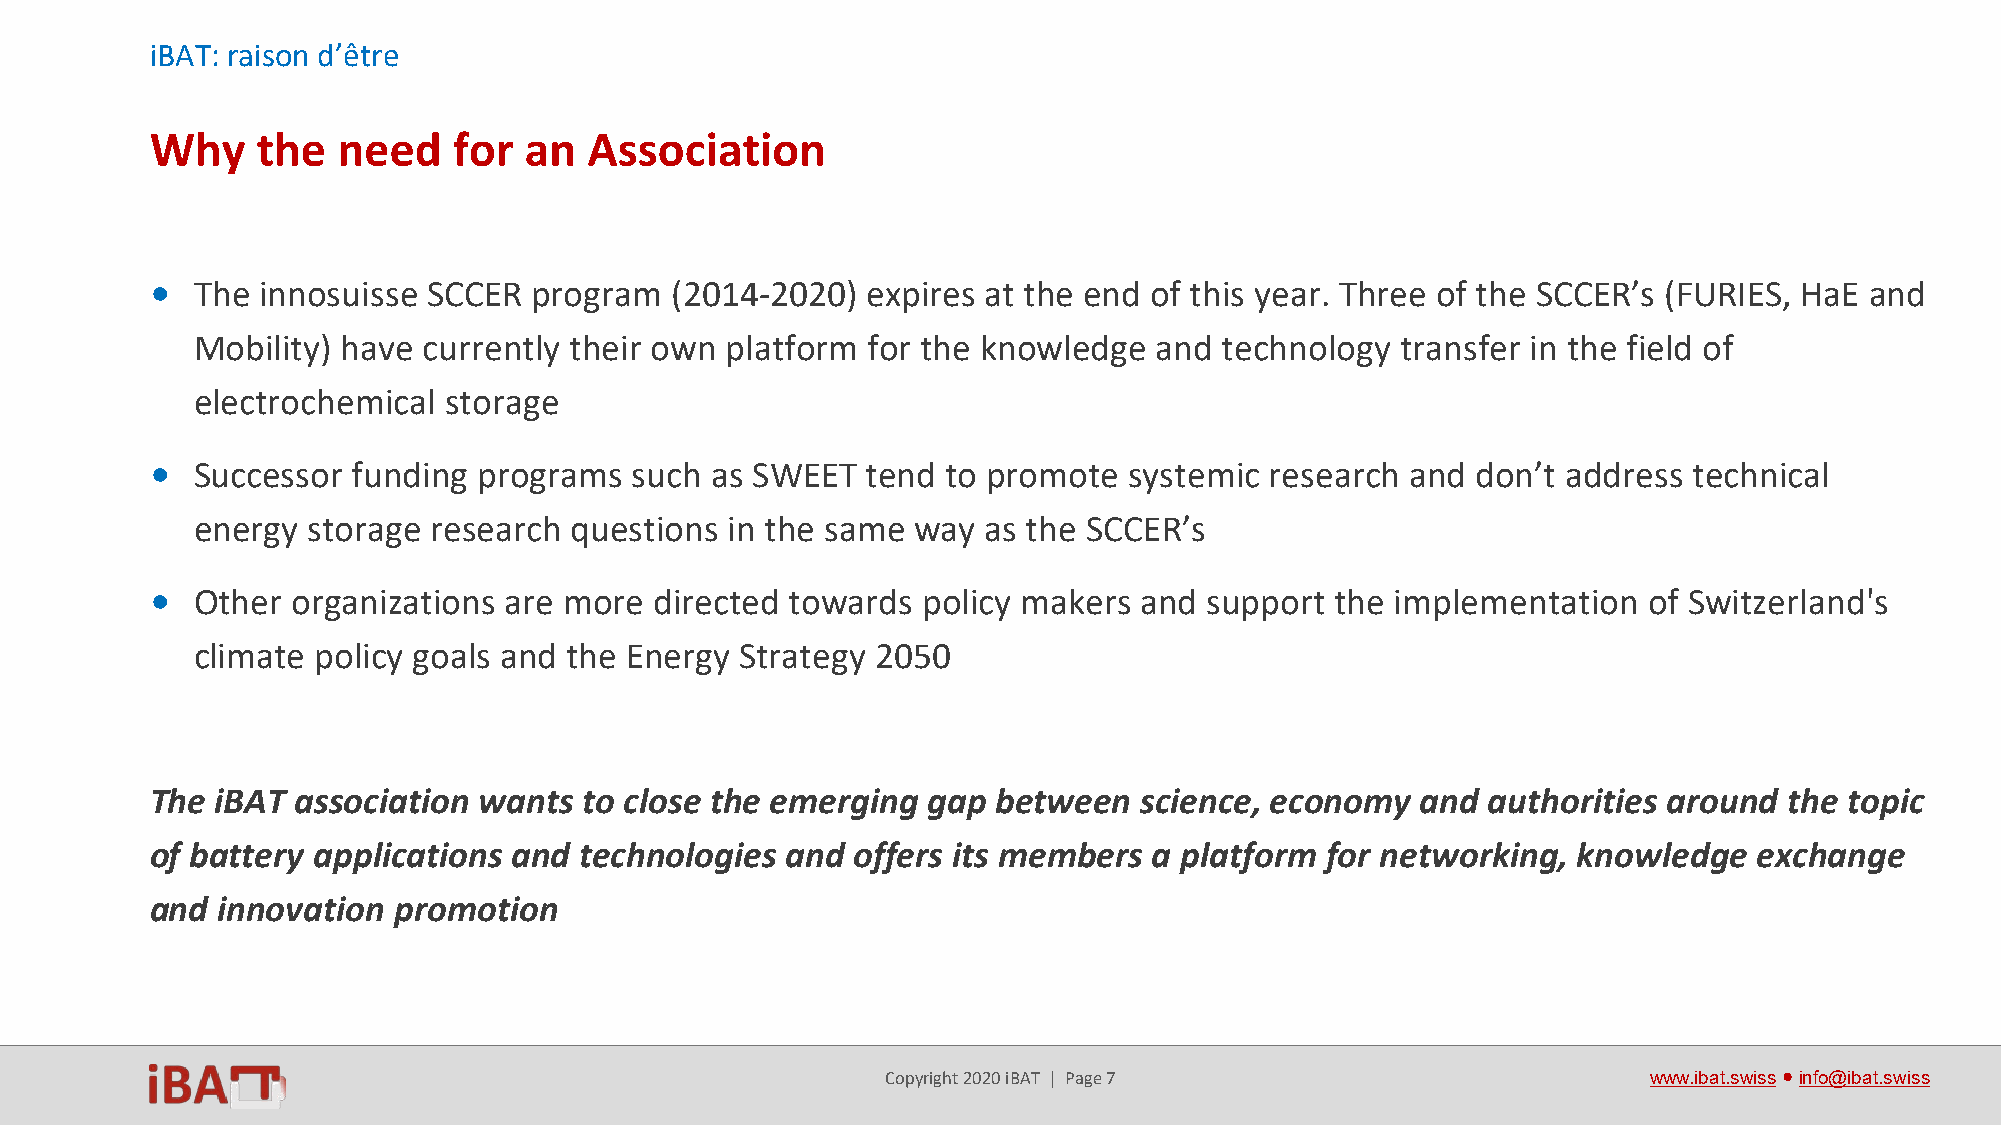
iBAT: raison d’être
 Why    the  need    for  an  Association
 •  The innosuisse SCCER  program  (2014-2020)  expires at the end of this year. Three of the SCCER’s (FURIES, HaE and
 Mobility) have currently their own platform for the knowledge   and technology  transfer in the field of
 electrochemical storage
 •  Successor funding  programs  such as SWEET  tend  to promote  systemic research and  don’t address technical
 energy storage  research questions in the same  way as the SCCER’s
 •  Other organizations are more  directed towards  policy makers and  support the implementation   of Switzerland's
 climate policy goals and the Energy Strategy 2050
 The iBAT  association wants  to close the emerging gap  between  science, economy   and authorities around  the topic
 of battery applications and technologies  and  offers its members a platform  for networking, knowledge   exchange
 and innovation  promotion
 Copyright 2020 iBAT | Page 7                      www.ibat.swiss●info@ibat.swiss